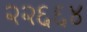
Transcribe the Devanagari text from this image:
२२६६४